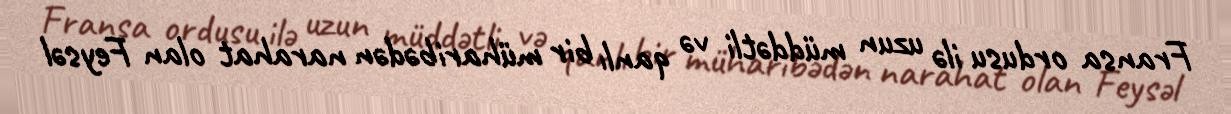
Fransa ordusu ilə uzun müddətli və qanlı bir müharibədən narahat olan Feysəl